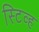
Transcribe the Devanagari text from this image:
स्टिव्ह